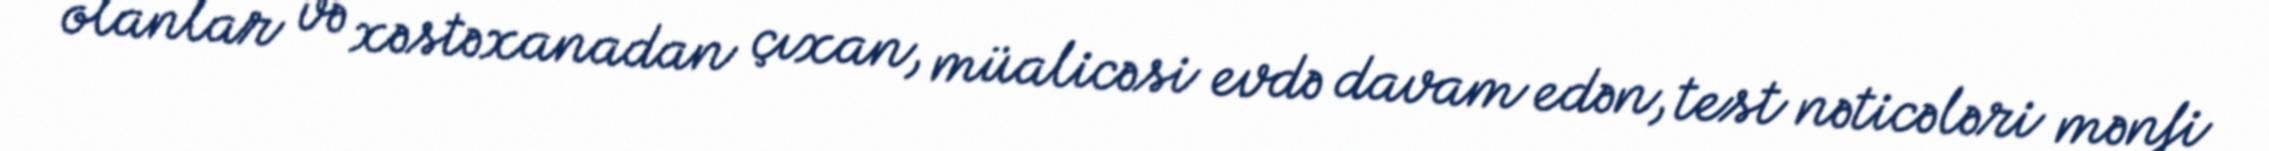
olanlar və xəstəxanadan çıxan, müalicəsi evdə davam edən, test nəticələri mənfi